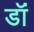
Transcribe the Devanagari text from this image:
डॉं